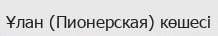
Ұлан (Пионерская) көшесі